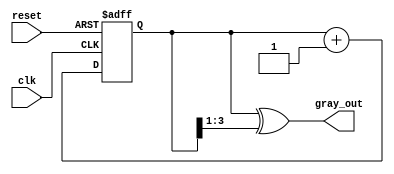
module gray_code_counter (
    input wire clk,          // Clock signal
    input wire reset,        // Asynchronous reset signal
    output reg [N-1:0] gray_out // Gray code output
);
    parameter N = 4; // Number of bits for the counter (adjust as needed)
    
    reg [N-1:0] binary_count; // Binary counter

    // Binary to Gray code conversion function
    function [N-1:0] binary_to_gray;
        input [N-1:0] binary;
        begin
            binary_to_gray = binary ^ (binary >> 1);
        end
    endfunction

    // Always block for counting
    always @(posedge clk or posedge reset) begin
        if (reset) begin
            binary_count <= 0; // Reset binary count to 0
        end else begin
            binary_count <= binary_count + 1; // Increment binary count
        end
    end

    // Always block for Gray code output
    always @(*) begin
        gray_out = binary_to_gray(binary_count); // Convert binary to Gray code
    end

endmodule